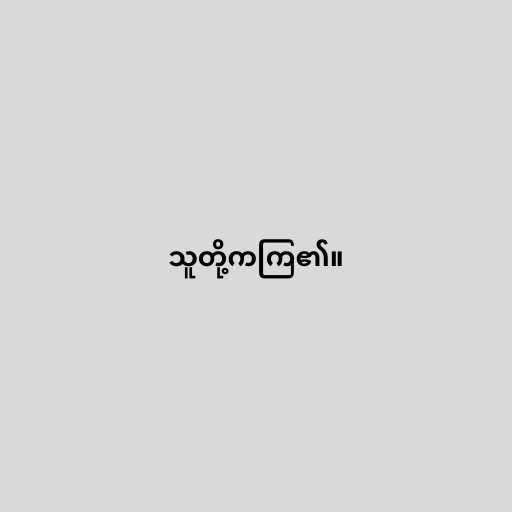
သူတို့ကကြ၏။